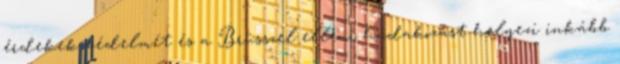
érdekek védelmét és a Brüsszel elleni hadakozást helyezi inkább